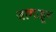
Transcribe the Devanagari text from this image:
जागाहून